system: You are a helpful assistant.
user:
Analyze the provided spectrum to determine if it is a **S-type Star**.

- **Key Indicators for S-type Star:**

    - **(Overall Spectrum Shape):** The first and most obvious characteristic is the overall continuum (the "baseline" shape). It is **extremely "red-sloping,"** meaning the flux (light intensity) is very low on the left side (blue, ~4000-4500 Å) and rises steeply and continuously toward the right side (red, ~7000 Å+).

    - **(Primary):** The spectrum is defined by the presence of strong, broad molecular absorption "valleys" (bands) from **Zirconium Oxide (ZrO)**. The identification of these bands is the **primary requirement** for classifying a star as S-type.
        - **(Key Bandheads):** You must find distinct, deep "dips" where the light has been absorbed. The most critical band systems to locate are:
            - **~6474 Å** ($\gamma$-system): This is often the strongest and clearest ZrO feature, found in the red part of the spectrum.
            - **~5718 Å** & **~5551 Å** ($\beta$-system): A pair of prominent absorption features in the yellow-orange part of the spectrum.
            - **~4640 Å** ($\alpha$-system): A key absorption band system in the blue-green region of the spectrum.

    - **(Secondary Confirmation):** The classification is strengthened by finding additional absorption bands from other related heavy element oxides, which are expected to be present alongside ZrO.
        - **(Key Bandheads):**
            - **Yttrium Oxide (YO):** Look for absorption dips near **~4800 Å** and **~6100 Å**.
            - **Lanthanum Oxide (LaO):** Additional absorption features, particularly in the red-orange part of the spectrum, are also characteristic.

    - **(Line Profile):** The combination of the steep red continuum and these numerous, deep molecular bands (ZrO, YO, etc.) gives the entire spectrum a very **"chopped-up"** or **"bumpy"** appearance. Instead of a smooth curve, the spectrum looks as though large, wide chunks of light have been "carved out" of it at the specific wavelengths listed above.

Think first, call **spectral_visualization_tool** if needed to examine features in detail, then provide your final answer. Your response must adhere to the following strict rules:
1.  **Overall Structure:** Your response must follow the format `<think>...</think> <tool_call>...</tool_call> (if a tool is used) <answer>...</answer>`.
2.  **Tool Usage Constraint:** You may only make **one** tool call per turn.
3.  **Final Answer Format:** In the `<answer>` tag, your conclusion must be inside a `\boxed{}` command (e.g., `\boxed{YES}` or `\boxed{NO}`), followed by your justification.

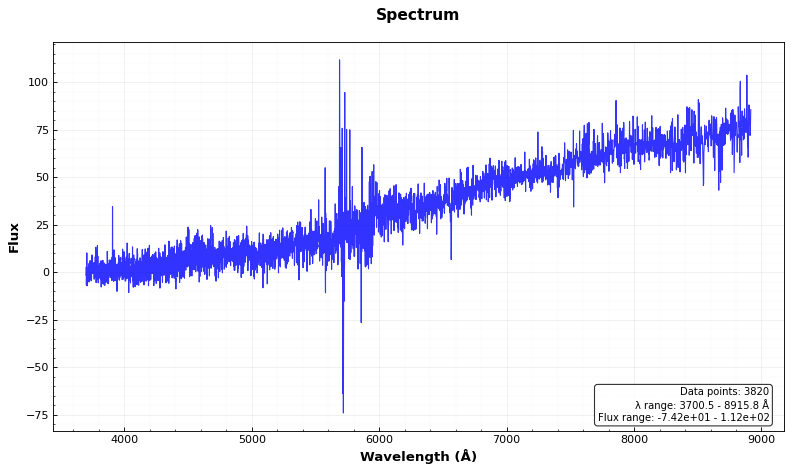
Answer: NO